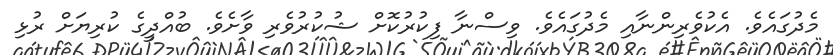
މެދުގައެވެ. އެކުވެރިންނާއި މެދުގައެވެ. ވިސްނާ ފިކުރުކޮށް ޝުކުރުވެރި ވާށެވެ. ބުއްދީގެ ކުރިޔަށް ރުޅި